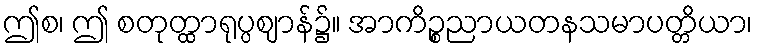
ဤစ၊ ဤ စတုတ္ထာရုပ္ပဈာန်၌။ အာကိဉ္စညာယတနသမာပတ္တိယာ၊